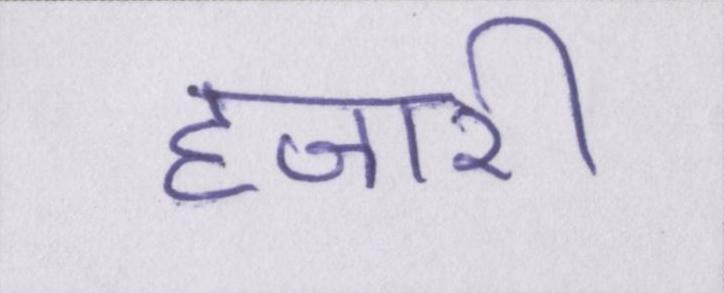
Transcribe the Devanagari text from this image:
हजारी